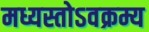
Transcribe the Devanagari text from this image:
मध्यस्तोऽवक्रम्य